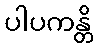
ပါပကန္တိ